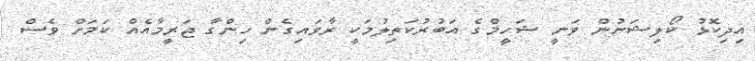
އިދިކޮޅު ކޯލިޝަނުން ވަނީ ޝަހީމްގެ އަބުރުކަތިލުމަކީ ރާވައިގެން ހިންގާ ޖަރީމާއެއް ކަމަށް ވެސް